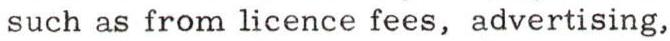
such as from licence fees, advertising,